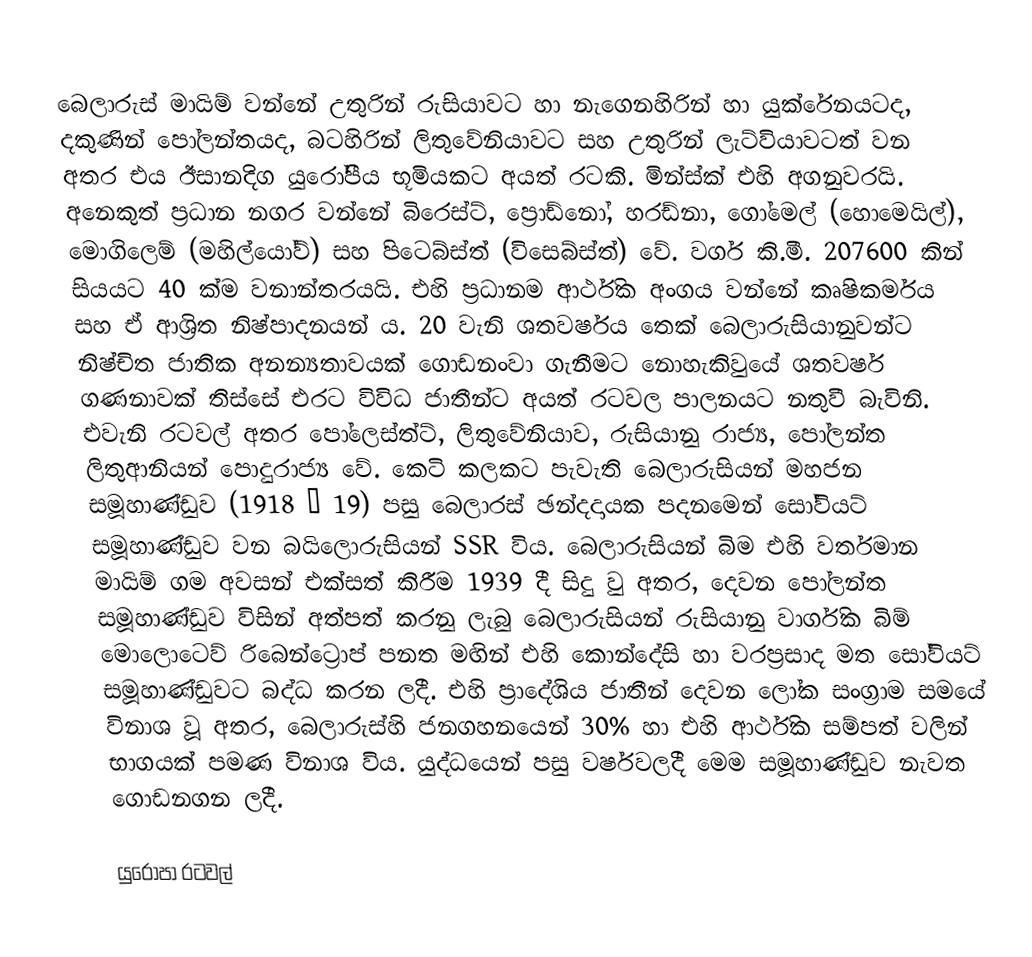
බෙලාරුස් මායිම් වන්නේ උතුරින් රුසියාවට හා නැගෙනහිරින් හා යුක්රේනයටද, දකුණින් පෝලන්තයද, බටහිරින් ලිතුවේනියාවට සහ උතුරින් ලැට්වියාවටත් වන අතර එය ඊසානදිග යුරෝපීය භූමියකට අයත් රටකි. මින්ස්ක් එහි අගනුවරයි. අනෙකුත් ප්‍රධාන නගර වන්නේ බිරෙස්ට්, ප්‍රොඩ්නෝ, හරඩ්නා, ගෝමෙල් (හොමෙයිල්), මොගිලෙම් (මහිල්යෝව්) සහ පිටෙබ්ස්ත් (විසෙබ්ස්ත්) වේ. වර්ග කි.මී. 207600 කින් සියයට 40 ක්ම වනාන්තරයයි. එහි ප්‍රධානම ආර්ථික අංගය වන්නේ කෘෂිකර්මය සහ ඒ ආශ්‍රිත නිෂ්පාදනයන් ය. 20 වැනි ශතවර්ෂය තෙක් බෙලාරුසියානුවන්ට නිෂ්චිත ජාතික අනන්‍යතාවයක් ගොඩනංවා ගැනීමට නොහැකිවුයේ ශතවර්ෂ ගණනාවක් තිස්සේ එරට විවිධ ජාතීන්ට අයත් රටවල පාලනයට නතුවී බැවිනි. එවැනි රටවල් අතර පෝලෙස්ත්ට්, ලිතුවේනියාව, රුසියානු රාජ්‍ය, පෝලන්ත ලිතුආනියන් පොදුරාජ්‍ය වේ. කෙටි කලකට පැවැති බෙලාරුසියන් මහජන සමූහාණ්ඩුව (1918 – 19) පසු බෙලාරස් ඡන්දදායක පදනමෙන් සෝවියට් සමූහාණ්ඩුව වන බයිලොරුසියන් SSR විය. බෙලාරුසියන් බිම එහි වර්තමාන මායිම් ගම අවසන් එක්සත් කිරීම 1939 දී සිදු වු අතර, දෙවන පෝලන්ත සමූහාණ්ඩුව විසින් අත්පත් කරනු ලැබු බෙලාරුසියන් රුසියානු වාර්ගික බිම් මොලොටෙව් රිබෙන්ට්‍රොප් පනත මඟින් එහි කොන්දේසි හා වරප්‍රසාද මත සෝවියට් සමූහාණ්ඩුවට බද්ධ කරන ලදී. එහි ප්‍රාදේශිය ජාතීන් දෙවන ලෝක සංග්‍රාම සමයේ විනාශ වූ අතර, බෙලාරුස්හි ජනගහනයෙන් 30% හා එහි ආර්ථික සම්පත් වලින් භාගයක් පමණ විනාශ විය. යුද්ධයෙන් පසු වර්ෂවලදී මෙම සමූහාණ්ඩුව නැවත ගොඩනගන ලදී.

යුරෝපා රටවල්